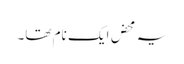
یہ محض ایک نام تھا۔